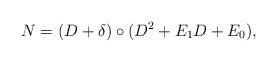
LaTeX: \begin{align*} N = (D + \delta ) \circ (D^2 + E_1 D + E_0) , \end{align*}